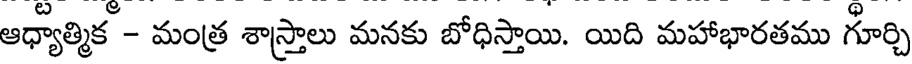
ఆధ్యాత్మిక - మంత్ర శాస్త్రాలు మనకు బోధిస్తాయి. యిది మహాభారతము గూర్చి